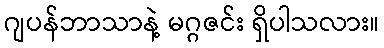
ဂျပန်ဘာသာနဲ့ မဂ္ဂဇင်း ရှိပါသလား။